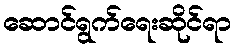
ဆောင်ရွက်ရေးဆိုင်ရာ